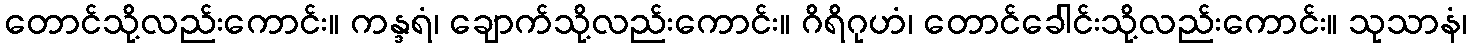
တောင်သို့လည်းကောင်း။ ကန္ဒရံ၊ ချောက်သို့လည်းကောင်း။ ဂိရိဂုဟံ၊ တောင်ခေါင်းသို့လည်းကောင်း။ သုသာနံ၊